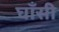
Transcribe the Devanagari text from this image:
घाँसी